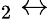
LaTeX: _2\leftrightarrow